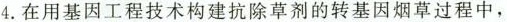
4.在用基因工程技术构建抗除草剂的转基因烟草过程中，